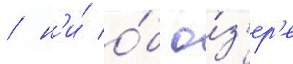
/ н'и́ о́б о́з'ер'е